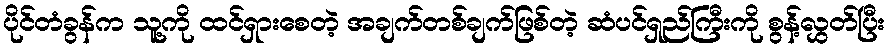
ပိုင်တံခွန်က သူ့ကို ထင်ရှားစေတဲ့ အချက်တစ်ချက်ဖြစ်တဲ့ ဆံပင်ရှည်ကြီးကို စွန့်လွှတ်ပြီး